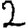
Digit: 2